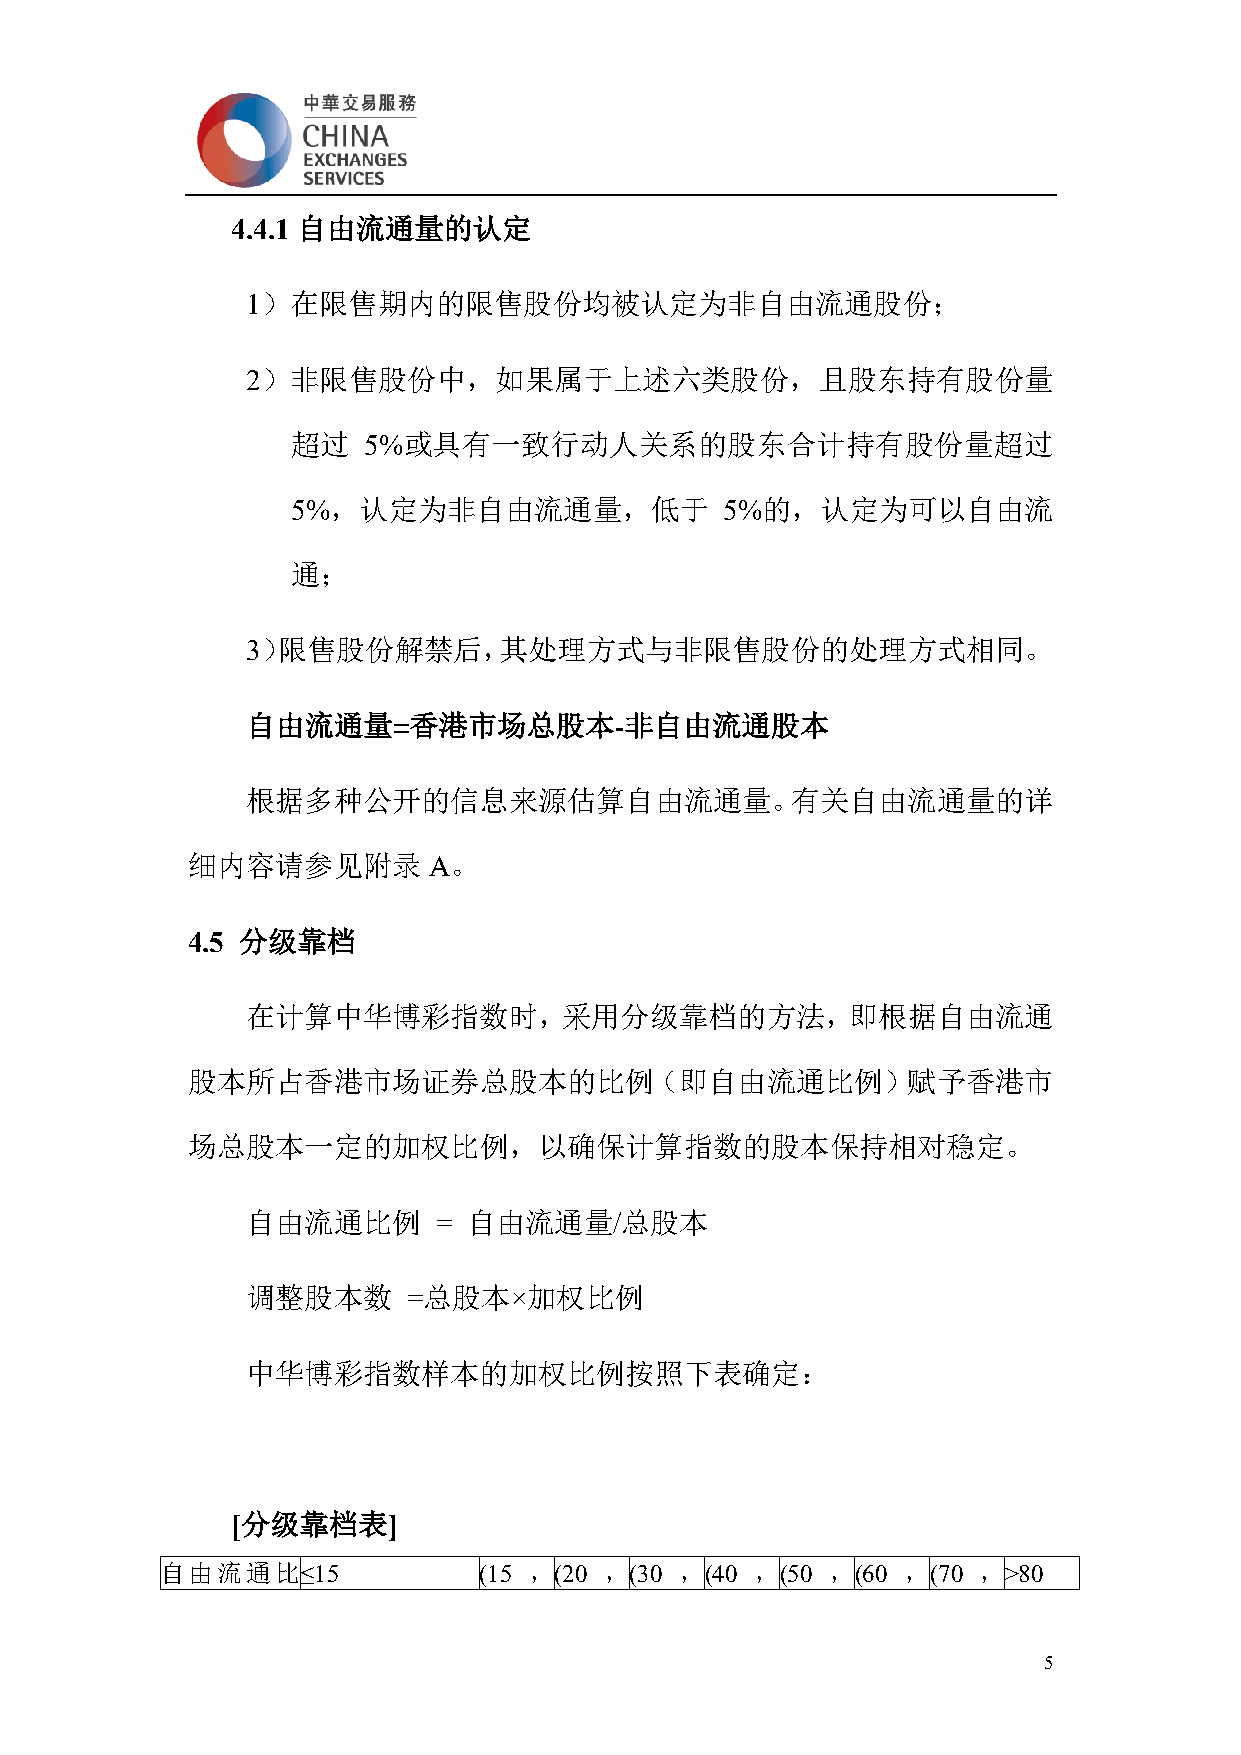
4.4.1 自由流通量的认定
 1）在限售期内的限售股份均被认定为非自由流通股份；
 2）非限售股份中，如果属于上述六类股份，且股东持有股份量
 超过   5%或具有一致行动人关系的股东合计持有股份量超过
 5%，认定为非自由流通量，低于              5%的，认定为可以自由流
 通；
 3）限售股份解禁后，其处理方式与非限售股份的处理方式相同。
 自由流通量=香港市场总股本-非自由流通股本
 根据多种公开的信息来源估算自由流通量。有关自由流通量的详
 细内容请参见附录        A。
 4.5 分级靠档
 在计算中华博彩指数时，采用分级靠档的方法，即根据自由流通
 股本所占香港市场证券总股本的比例（即自由流通比例）赋予香港市
 场总股本一定的加权比例，以确保计算指数的股本保持相对稳定。
 自由流通比例       = 自由流通量/总股本
 调整股本数      =总股本×加权比例
 中华博彩指数样本的加权比例按照下表确定：
 [分级靠档表]
 自由流通比≤15             (15 ，(20 ，(30 ，(40 ，(50 ，(60 ，(70 ，>80
 5